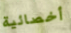
أخصائية